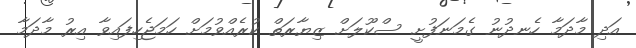
އަދި މާދަމާ ހެނދުނު ގެމަނަފުށީ ސްކޫލަށް ޒިޔާރަތް ކުރެއްވުމަށް ހަމަޖެހިފައިވާ އިރު މާދަމާ